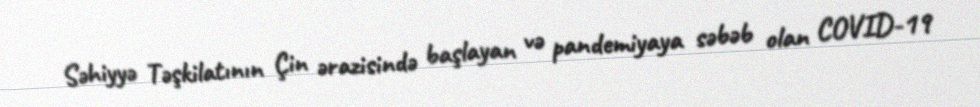
Səhiyyə Təşkilatının Çin ərazisində başlayan və pandemiyaya səbəb olan COVID-19